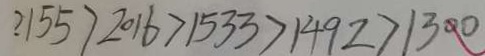
2 1 5 5 > 2 0 1 6 > 1 5 3 3 > 1 4 9 2 > 1 3 0 0